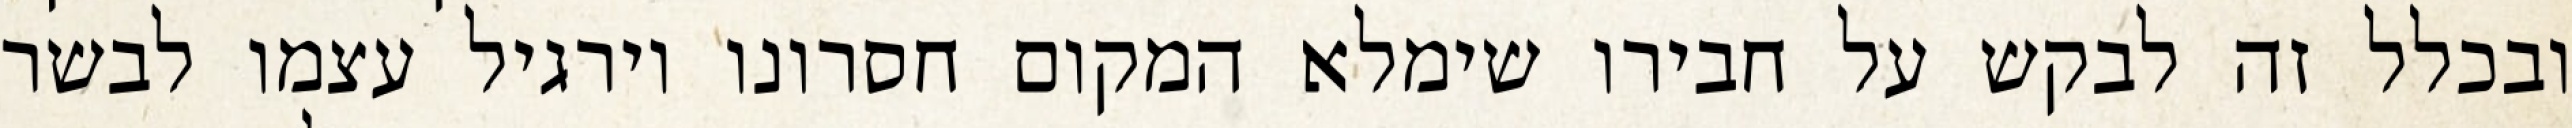
ובכלל זה לבקש על חבירו שימלא המקום חסרונו וירגיל עצמו לבשר